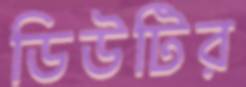
ডিউটির